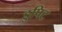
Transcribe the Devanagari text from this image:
डुपिट